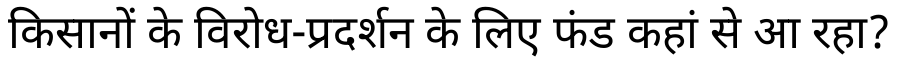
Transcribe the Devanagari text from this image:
किसानों के विरोध-प्रदर्शन के लिए फंड कहां से आ रहा?